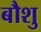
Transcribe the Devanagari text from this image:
बौशु